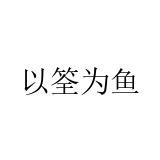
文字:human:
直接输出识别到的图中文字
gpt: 以筌为鱼